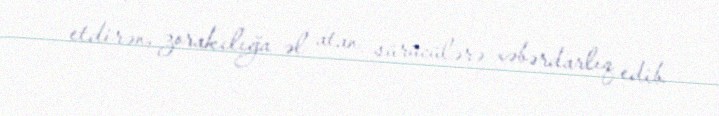
etdirən, zorakılığa əl atan sürücülərə xəbərdarlıq edib.